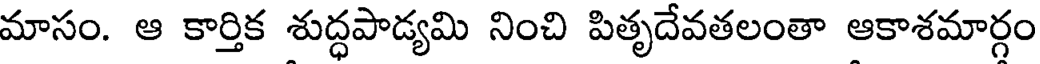
మాసం. ఆ కార్తిక శుద్ధపాడ్యమి నించి పితృదేవతలంతా ఆకాశమార్గం